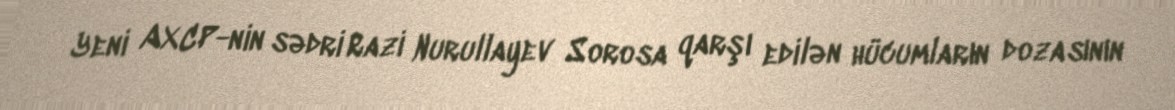
Yeni AXCP-nin sədri Razi Nurullayev Sorosa qarşı edilən hücumların dozasının